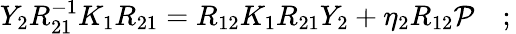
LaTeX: Y_{2}R_{21}^{-1}K_{1}R_{21}=R_{12}K_{1}R_{21}Y_{2}+\eta_{2}R_{12}{\cal P}\quad;\,